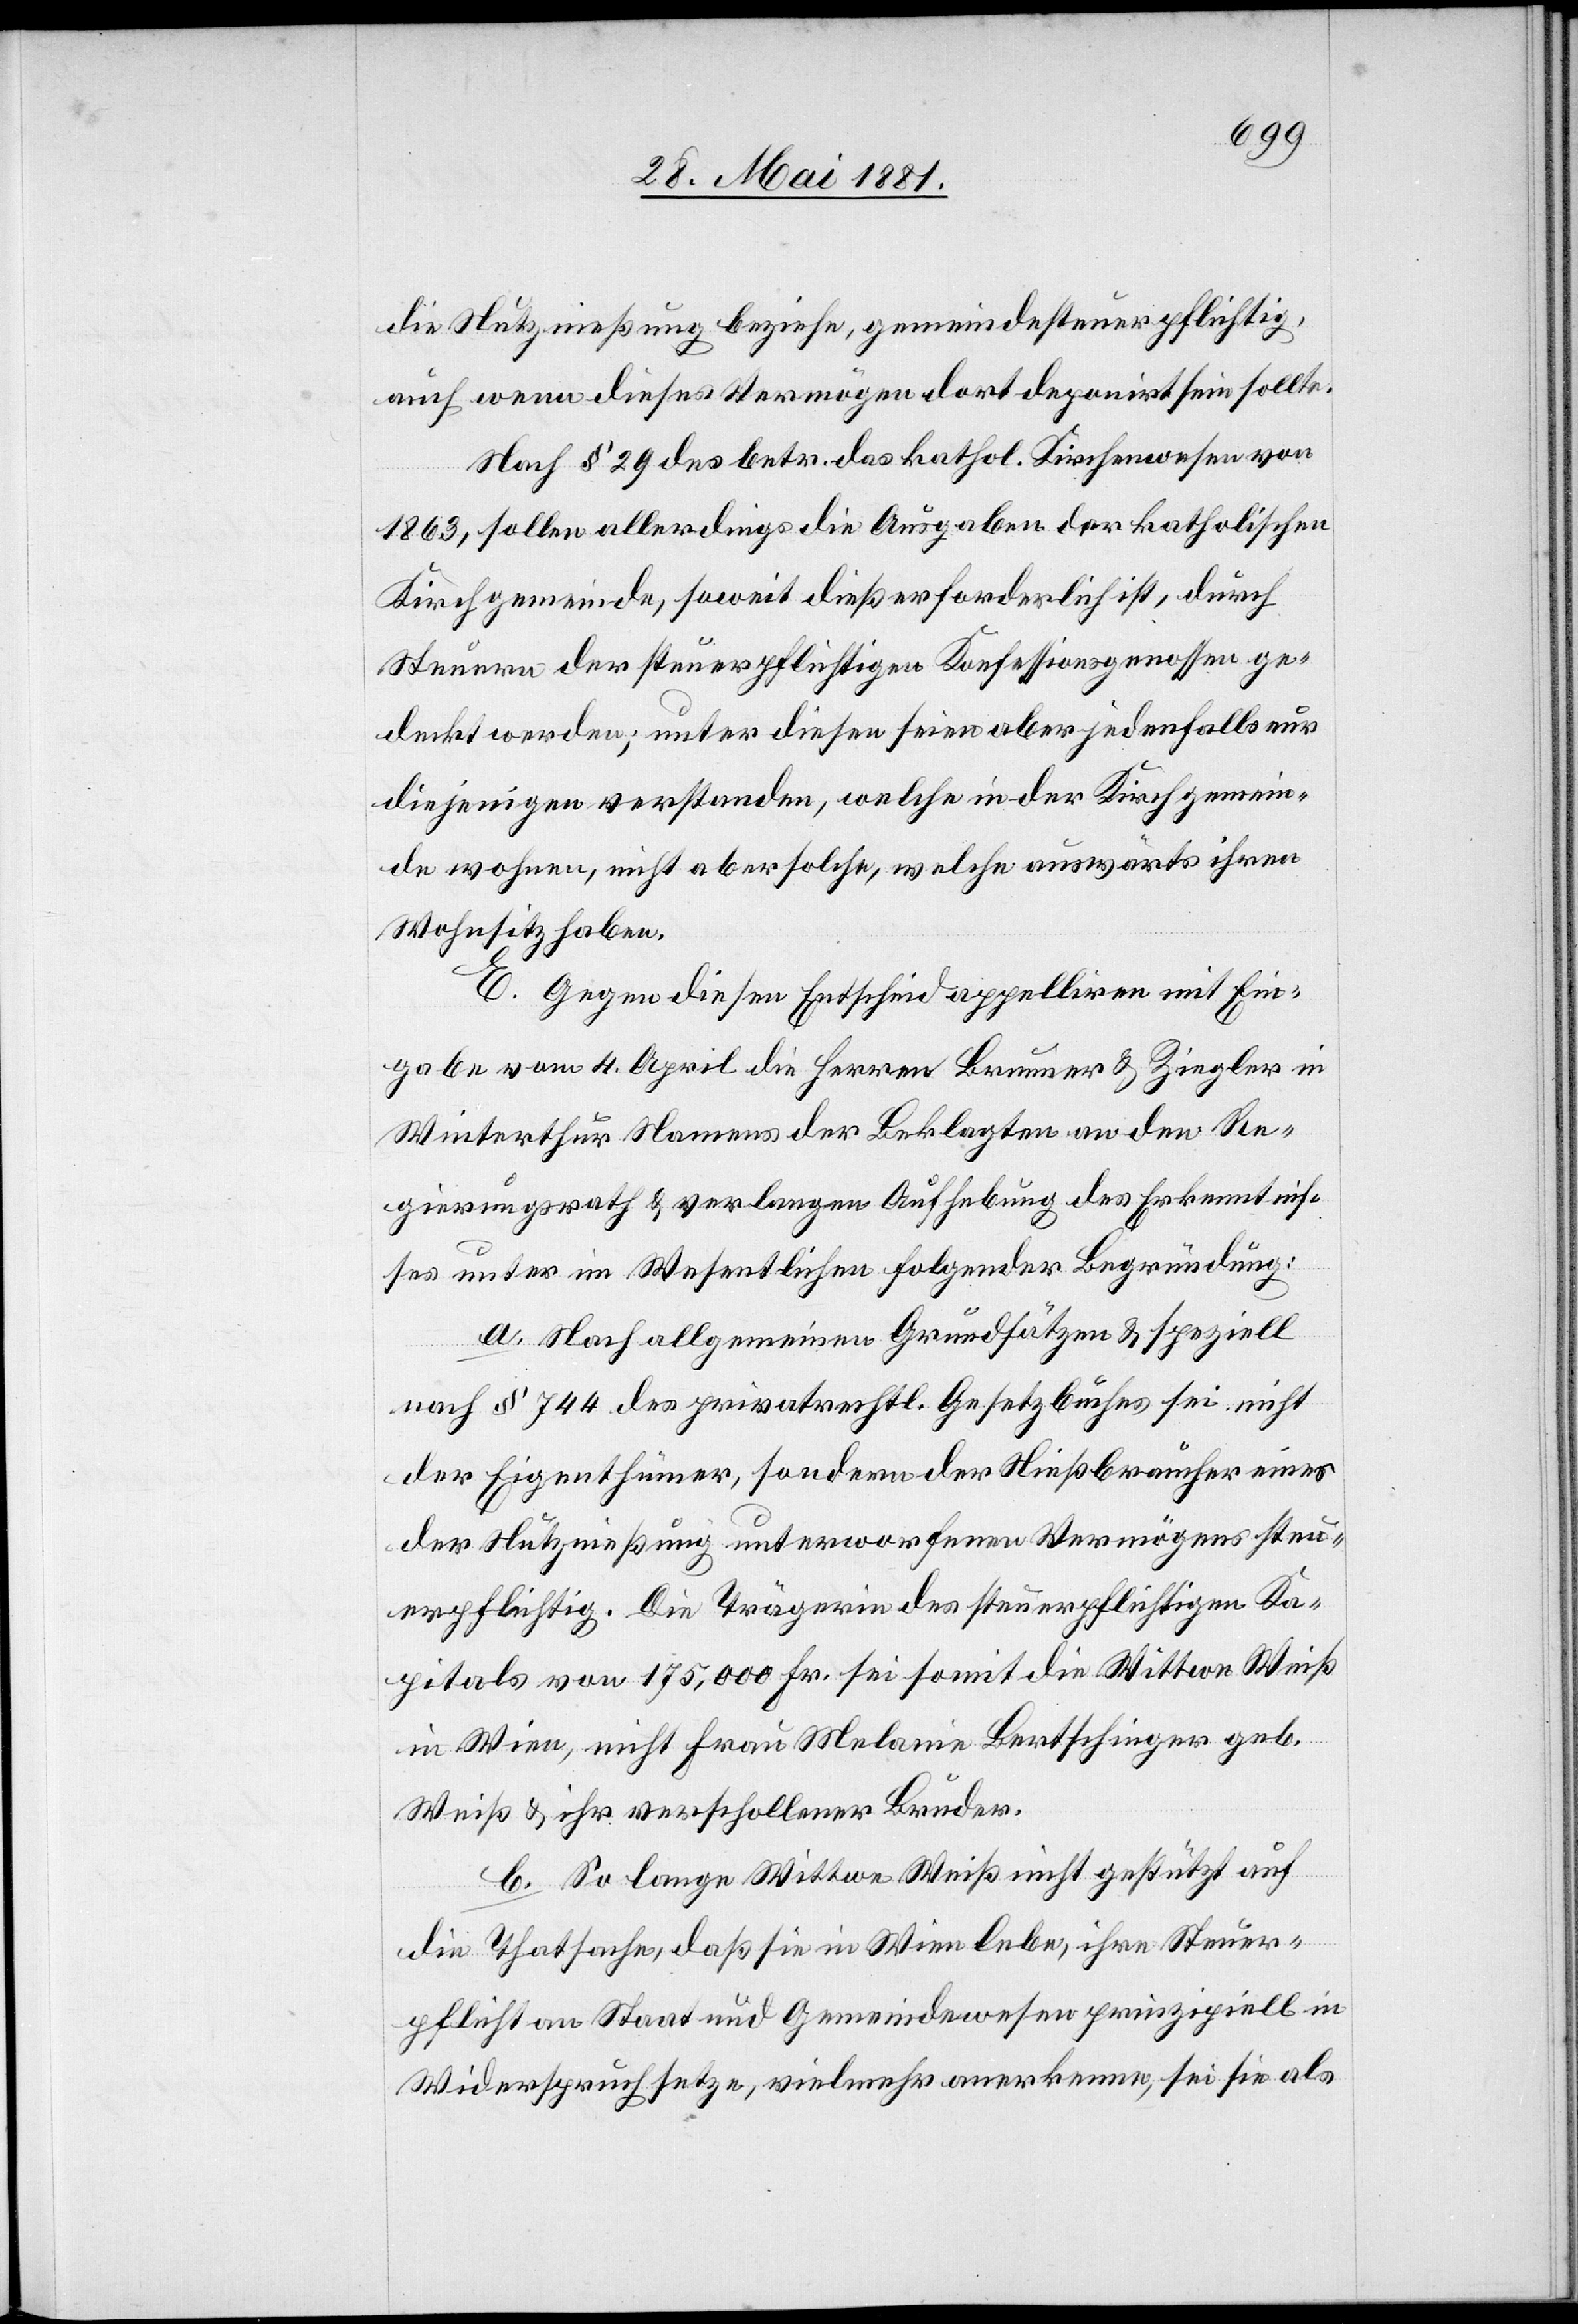
die Nutznießung beziehe, gemeindesteuerpflichtig,
auch wenn dieses Vermögen dort deponirt sein sollte.
Nach § 29 des betr. das kathol. Kirchenwesen von
1863, sollen allerdings die Ausgaben der katholischen
Kirchgemeinde, soweit dieß erforderlich ist, durch
Steuern der steuerpflichtigen Konfessionsgenossen ge¬
deckt werden; unter diesen seien aber jedenfalls nur
diejenigen verstanden, welche in der Kirchgemein¬
de wohnen, nicht aber solche, welche auswärts ihren
Wohnsitz haben.
E. Gegen diesen Entscheid appelliren mit Ein¬
gabe vom 4. April die Herren Brunner & Ziegler in
Winterthur namens der Beklagten an den Re¬
gierungsrath & verlangen Aufhebung des Erkenntnis¬
ses unter im Wesentlichen folgender Begründung:
a. Nach allgemeinen Grundsätzen & speziell
nach § 744 des privatrechtl. Gesetzbuches sei nicht
der Eigenthümer, sondern der Nießbraucher eines
der Nutznießung unterworfenen Vermögens steu¬
erpflichtig. Die Trägerin des steuerpflichtigen Ka¬
pitals von 175,000 Fr. sei somit die Wittwe Weiß
in Wien, nicht Frau Melanie Bertschinger geb.
Weiß & ihr verschollener Bruder.
b. So lange Wittwe Weiß nicht gestützt auf
die Thatsache, daß sie in Wien lebe, ihre Steuer¬
pflicht an Staat und Gemeindewesen prinzipiell in
Widerspruch setze, vielmehr anerkenne, sei sie als